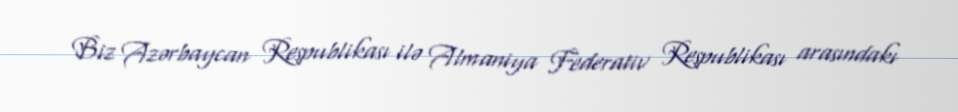
Biz Azərbaycan Respublikası ilə Almaniya Federativ Respublikası arasındakı